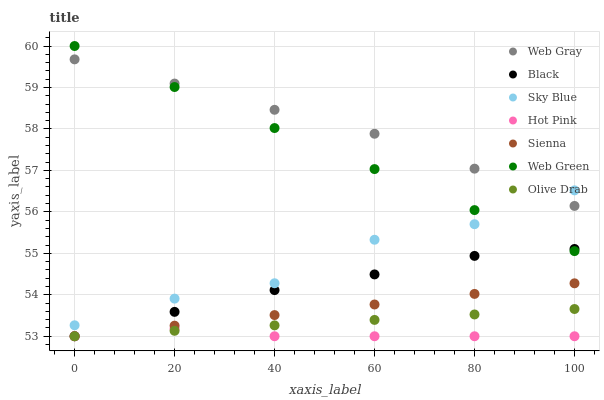
| xaxis_label | Web Gray | Black | Sky Blue | Hot Pink | Sienna | Web Green | Olive Drab |
 | --- | --- | --- | --- | --- | --- | --- | --- |
 | 0 | 59.7 | 53 | 53.3 | 53 | 53 | 60 | 53 |
 | 20 | 59.1 | 53.6 | 53.9 | 53.2 | 53.3 | 59 | 53.1 |
 | 40 | 58.5 | 54.1 | 54.3 | 53 | 53.5 | 58 | 53.3 |
 | 60 | 57.9 | 54.5 | 55.3 | 53 | 53.8 | 57 | 53.4 |
 | 80 | 57 | 54.9 | 55.7 | 53 | 54 | 56 | 53.5 |
 | 100 | 56.1 | 55.1 | 56.5 | 53 | 54.3 | 55.1 | 53.7 |